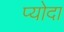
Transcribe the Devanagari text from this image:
प्योदा